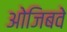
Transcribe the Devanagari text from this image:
ओजिबवे